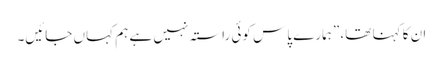
ان کا کہنا تھا، ”ہمارے پاس کوئی راستہ نہیں ہے ہم کہاں جائیں۔